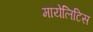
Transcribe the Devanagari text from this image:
मायेलिटिस